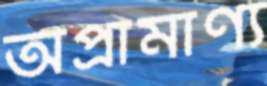
অপ্রামাণ্য